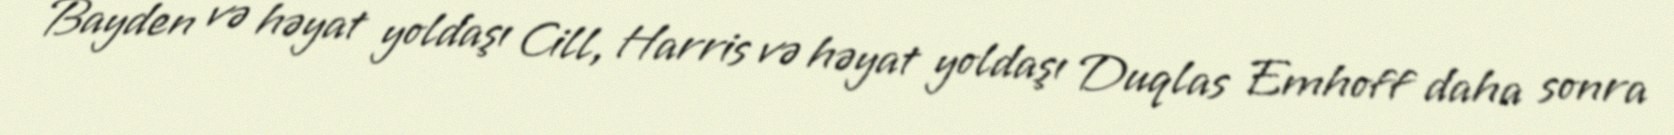
Bayden və həyat yoldaşı Cill, Harris və həyat yoldaşı Duqlas Emhoff daha sonra